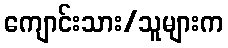
ကျောင်းသား/သူများက